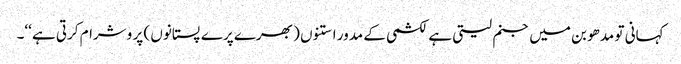
کہانی تو مدھو بن میں جنم لیتی ہے لکشمی کے مدور استنوں ( بھرے پرے پستانوں ) پر وشرام کرتی ہے ‘‘۔